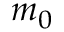
m _ { 0 }